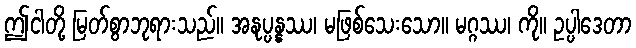
ဤငါတို့ မြတ်စွာဘုရားသည်။ အနုပ္ပန္နဿ၊ မဖြစ်သေးသော။ မဂ္ဂဿ၊ ကို။ ဥပ္ပါဒေတာ